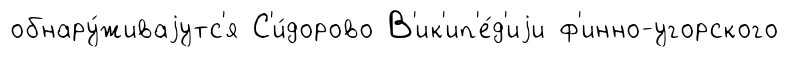
обнару́живаjутс'я С'и́дорово В'ик'ип'е́д'иjи ф'инно-угорского